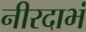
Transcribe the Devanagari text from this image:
नीरदाभं